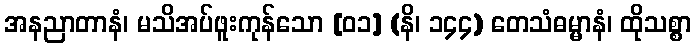
အနညာတာနံ၊ မသိအပ်ဖူးကုန်သော [၀၁] (နိ၊ ၁၄၄) တေသံဓမ္မာနံ၊ ထိုသစ္စာ